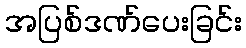
အပြစ်ဒဏ်ပေးခြင်း